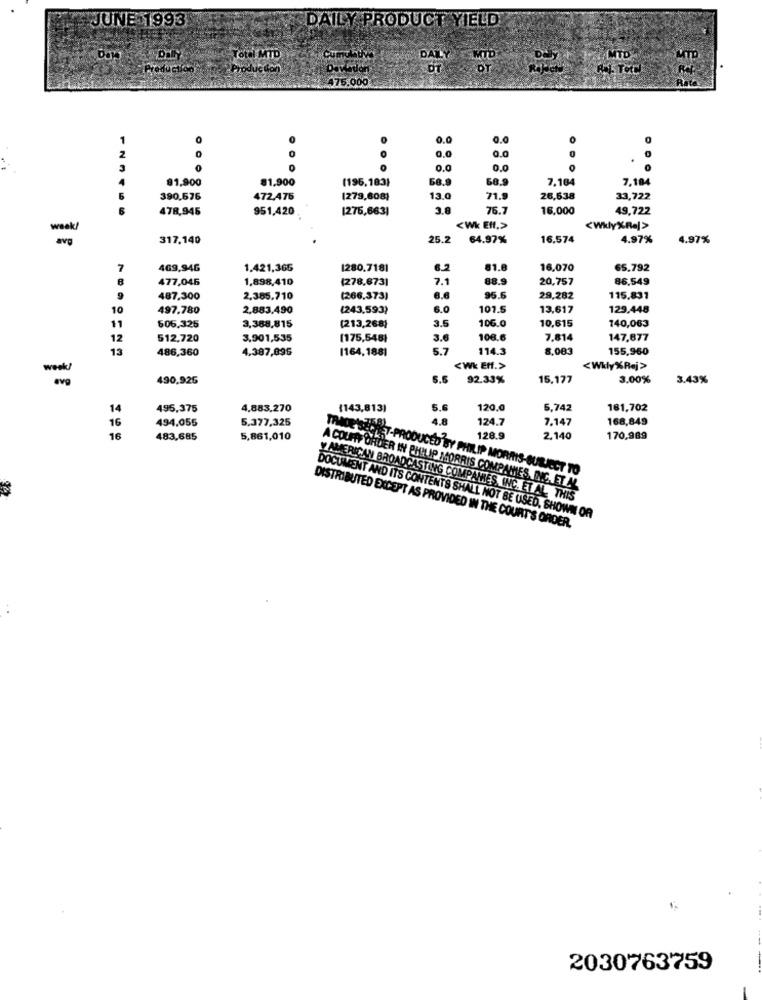
JUNE 1993
DAILY PRODUCT YIELD
Total MTD
Cumulative
Produc ton
Devardan
475,000
1
0.0
0.0
0,0
2
0
0.0
3
0.0
0.0
81,900
81,900
(196,183)
68.9
68.9
7.164
7,184
5
390.576
472,475
(279,608)
13.0
71.9
26,538
33,722
478,945
951,420
[275,663]
3.8
76.7
16,000
49,722
<Wk Eff.>
<Wkly%Ral>
317.140
25.2
64.97%
16.574
4.97%
4.97%
7
469,946
1.421,366
1280.7181
6.2
81.8
16,070
65.792
8
477,046
1,898,410
(278.673]
7.1
88.9
20,757
86.549
487.300
2,385.710
(266.373)
6.6
95.6
29,282
115.831
10
497.780
2,883,490
(243,593)
6.0
101.5
13,617
129,448
3.5
106.0
606.325
3,388,815
(213,268)
10,615
140,063
12
512,720
3,901,535
(175,548)
3.6
106.6
7.814
147,677
13
486,360
4.387,896
(164, 1881
5.7
114.3
8.083
155,960
<WK Eff.>
<Wkly% Raj>
week!
490.926
92.33%
15,177
3.00%
3.43%
14
495,375
4,883,270
(143,813)
5.0
120,0
5,742
181,702
494.055
5.377,325
4.8
124.7
7.147
168,849
16
16
483,685
5,861,010
128.9
2,140
170,989
E'SECRET-PRODUCED BY PHILIP MORRIS-SUBJECT TO
A COUFFF ORDER IN PHILIP MORRIS COMPANIES, INC. ET AL
y AMERICAN BROADCASTING COMPATES, INC. ET AL. THIS
DOCUMENT AND ITS CONTENTS SHALL NOT BE USED, SHOWN OR
DISTRIBUTED EXCEPT AS PROVIDED IN THE COURT'S ORDER.
2030763759